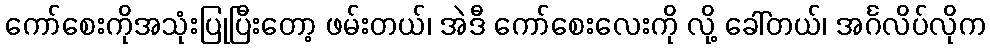
ကော်စေးကိုအသုံးပြုပြီးတော့ ဖမ်းတယ်၊ အဲဒီ ကော်စေးလေးကို လို့ ခေါ်တယ်၊ အင်္ဂလိပ်လိုက